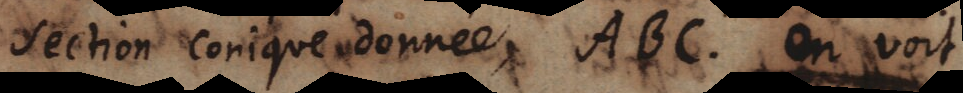
section conique donnée ABC. on voit